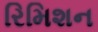
રિમિશન